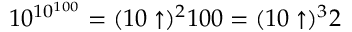
1 0 ^ { 1 0 ^ { 1 0 0 } } = ( 1 0 \uparrow ) ^ { 2 } 1 0 0 = ( 1 0 \uparrow ) ^ { 3 } 2